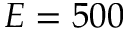
E = 5 0 0